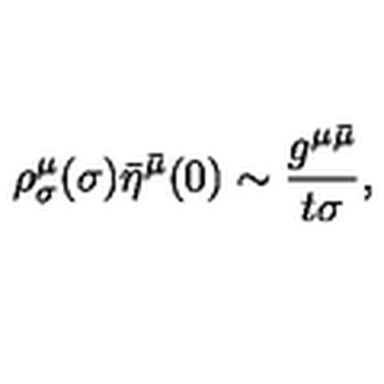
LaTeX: \rho _ { \sigma } ^ { \mu } ( \sigma ) \bar { \eta } ^ { \bar { \mu } } ( 0 ) \sim \frac { g ^ { \mu \bar { \mu } } } { t \sigma } , \qquad